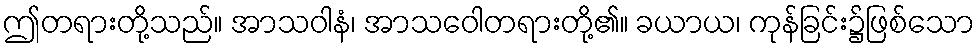
ဤတရားတို့သည်။ အာသဝါနံ၊ အာသဝေါတရားတို့၏။ ခယာယ၊ ကုန်ခြင်း၌ဖြစ်သော